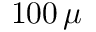
1 0 0 \, \mu